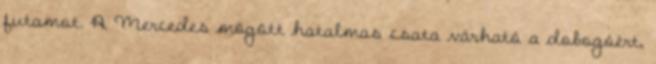
futamot. A Mercedes mögött hatalmas csata várható a dobogóért,